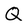
Character: Q